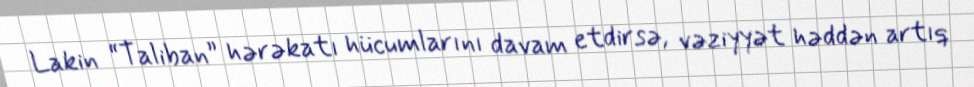
Lakin “Taliban” hərəkatı hücumlarını davam etdirsə, vəziyyət həddən artıq